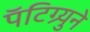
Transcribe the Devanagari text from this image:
पॅटिग्र्युने